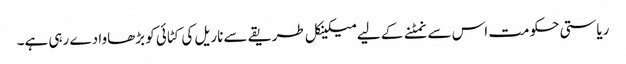
ریاستی حکومت اس سے نمٹنے کے لیے میکینکل طریقے سے ناریل کی کٹائی کو بڑھاوا دے رہی ہے۔